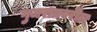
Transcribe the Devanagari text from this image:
गुजरातवरील